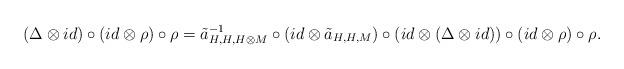
LaTeX: \begin{align*}(\Delta\otimes id)\circ(id\otimes\rho)\circ\rho=\tilde{a}^{-1}_{H,H,H\otimes M}\circ (id\otimes\tilde{a}_{H,H,M})\circ(id\otimes(\Delta\otimes id))\circ(id\otimes\rho)\circ \rho.\end{align*}